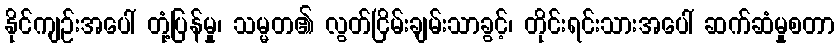
နိုင်ကျဉ်းအပေါ် တုံ့ပြန်မှု၊ သမ္မတ၏ လွတ်ငြိမ်းချမ်းသာခွင့်၊ တိုင်းရင်းသားအပေါ် ဆက်ဆံမှုစတာ